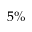
5 \%